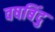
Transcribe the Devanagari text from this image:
वषबिंदु